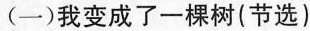
(一)我变成了一棵树(节选)